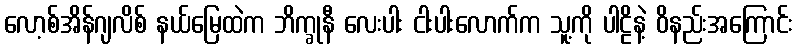
လော့စ်အိန်ဂျလိစ် နယ်မြေထဲက ဘိက္ခုနီ လေးပါး ငါးပါးလောက်က သူ့ကို ပါဠိနဲ့ ဝိနည်းအကြောင်း